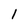
Character: l